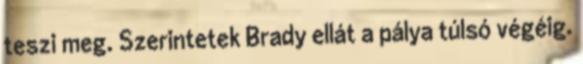
teszi meg. Szerintetek Brady ellát a pálya túlsó végéig.